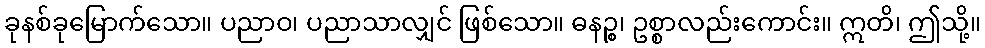
ခုနစ်ခုမြောက်သော။ ပညာဝ၊ ပညာသာလျှင် ဖြစ်သော။ ဓနဉ္စ၊ ဥစ္စာလည်းကောင်း။ ဣတိ၊ ဤသို့။